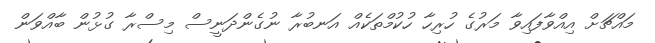
މައްޗަށް އިއްވާފައިވާ މަރުގެ ހުރިހާ ހުކުމްތަކެއް އަނބުރާ ނުގެންދަނީސް މިސްރާ ގުޅުން ބާއްވަން